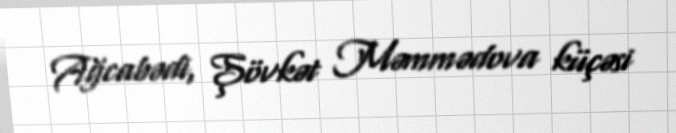
Ağcabədi, Şövkət Məmmədova küçəsi